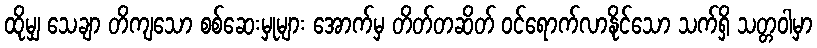
ထိုမျှ သေချာ တိကျသော စစ်ဆေးမှုများ အောက်မှ တိတ်တဆိတ် ဝင်ရောက်လာနိုင်သော သက်ရှိ သတ္တဝါမှာ